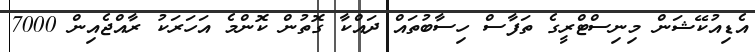
އެޑިއުކޭޝަން މިނިސްޓްރީގެ ތަފާސް ހިސާބުތައް ދައްކާ ގޮތުން ކޮންމެ އަހަރަކު ރާއްޖެއިން 7000